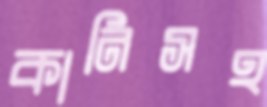
কানিসহ